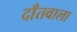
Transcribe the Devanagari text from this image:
दाँतवाला